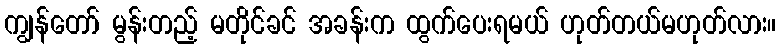
ကျွန်တော် မွန်းတည့် မတိုင်ခင် အခန်းက ထွက်ပေးရမယ် ဟုတ်တယ်မဟုတ်လား။